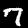
Digit: 7